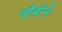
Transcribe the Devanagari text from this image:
बोबोने